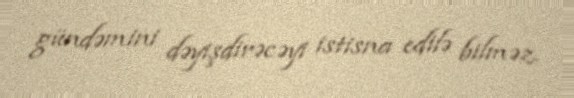
gündəmini dəyişdirəcəyi istisna edilə bilməz.